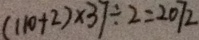
( 1 1 0 + 2 ) \times 3 7 \div 2 = 2 0 7 2